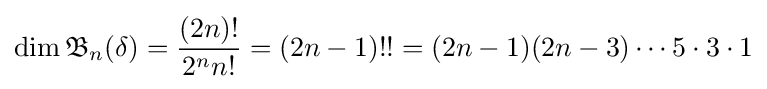
\dim {\mathfrak {B}}_{n}(\delta )={\frac {(2n)!}{2^{n}n!}}=(2n-1)!!=(2n-1)(2n-3)\cdots 5\cdot 3\cdot 1